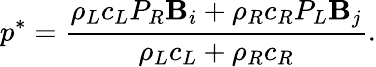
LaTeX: p^{*}=\frac{\rho_{L}c_{L}P_{R}\mathbf{B}_{i}+\rho_{R}c_{R}P_{L}\mathbf{B}_{j}}{\rho_{L}c_{L}+\rho_{R}c_{R}}.